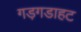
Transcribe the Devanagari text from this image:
गड़गडाहट